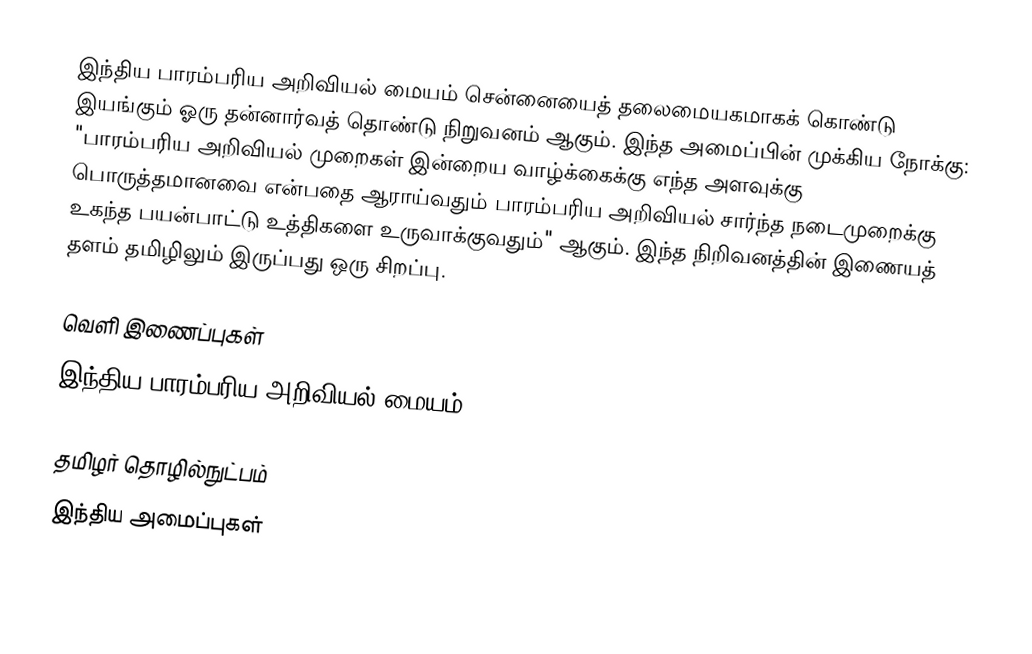
இந்திய பாரம்பரிய அறிவியல் மையம் சென்னையைத் தலைமையகமாகக் கொண்டு இயங்கும் ஓரு தன்னார்வத் தொண்டு நிறுவனம் ஆகும்.  இந்த அமைப்பின் முக்கிய நோக்கு: "பாரம்பரிய அறிவியல் முறைகள் இன்றைய வாழ்க்கைக்கு எந்த அளவுக்கு பொருத்தமானவை என்பதை ஆராய்வதும் பாரம்பரிய அறிவியல் சார்ந்த நடைமுறைக்கு உகந்த பயன்பாட்டு உத்திகளை உருவாக்குவதும்" ஆகும்.  இந்த நிறிவனத்தின் இணையத் தளம் தமிழிலும் இருப்பது ஒரு சிறப்பு.

வெளி இணைப்புகள்
 இந்திய பாரம்பரிய அறிவியல் மையம்

தமிழர் தொழில்நுட்பம்
இந்திய அமைப்புகள்